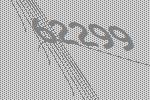
62299